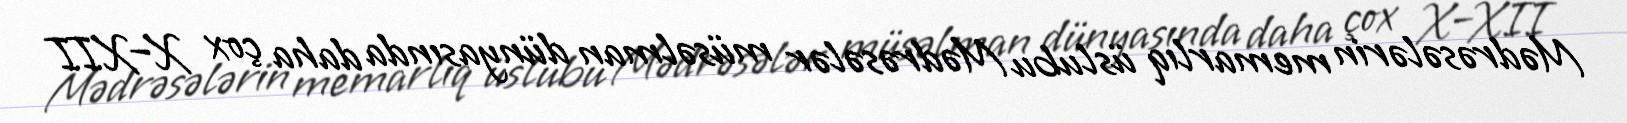
Mədrəsələrin memarlıq üslubu Mədrəsələr müsəlman dünyasında daha çox X–XII